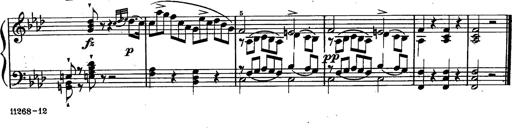
Title: Schubert's Impromptus [revised and edited by Franz Liszt]
Composer: Franz Liszt